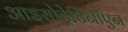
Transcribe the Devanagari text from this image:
आइसोट्रेटिनॉएन